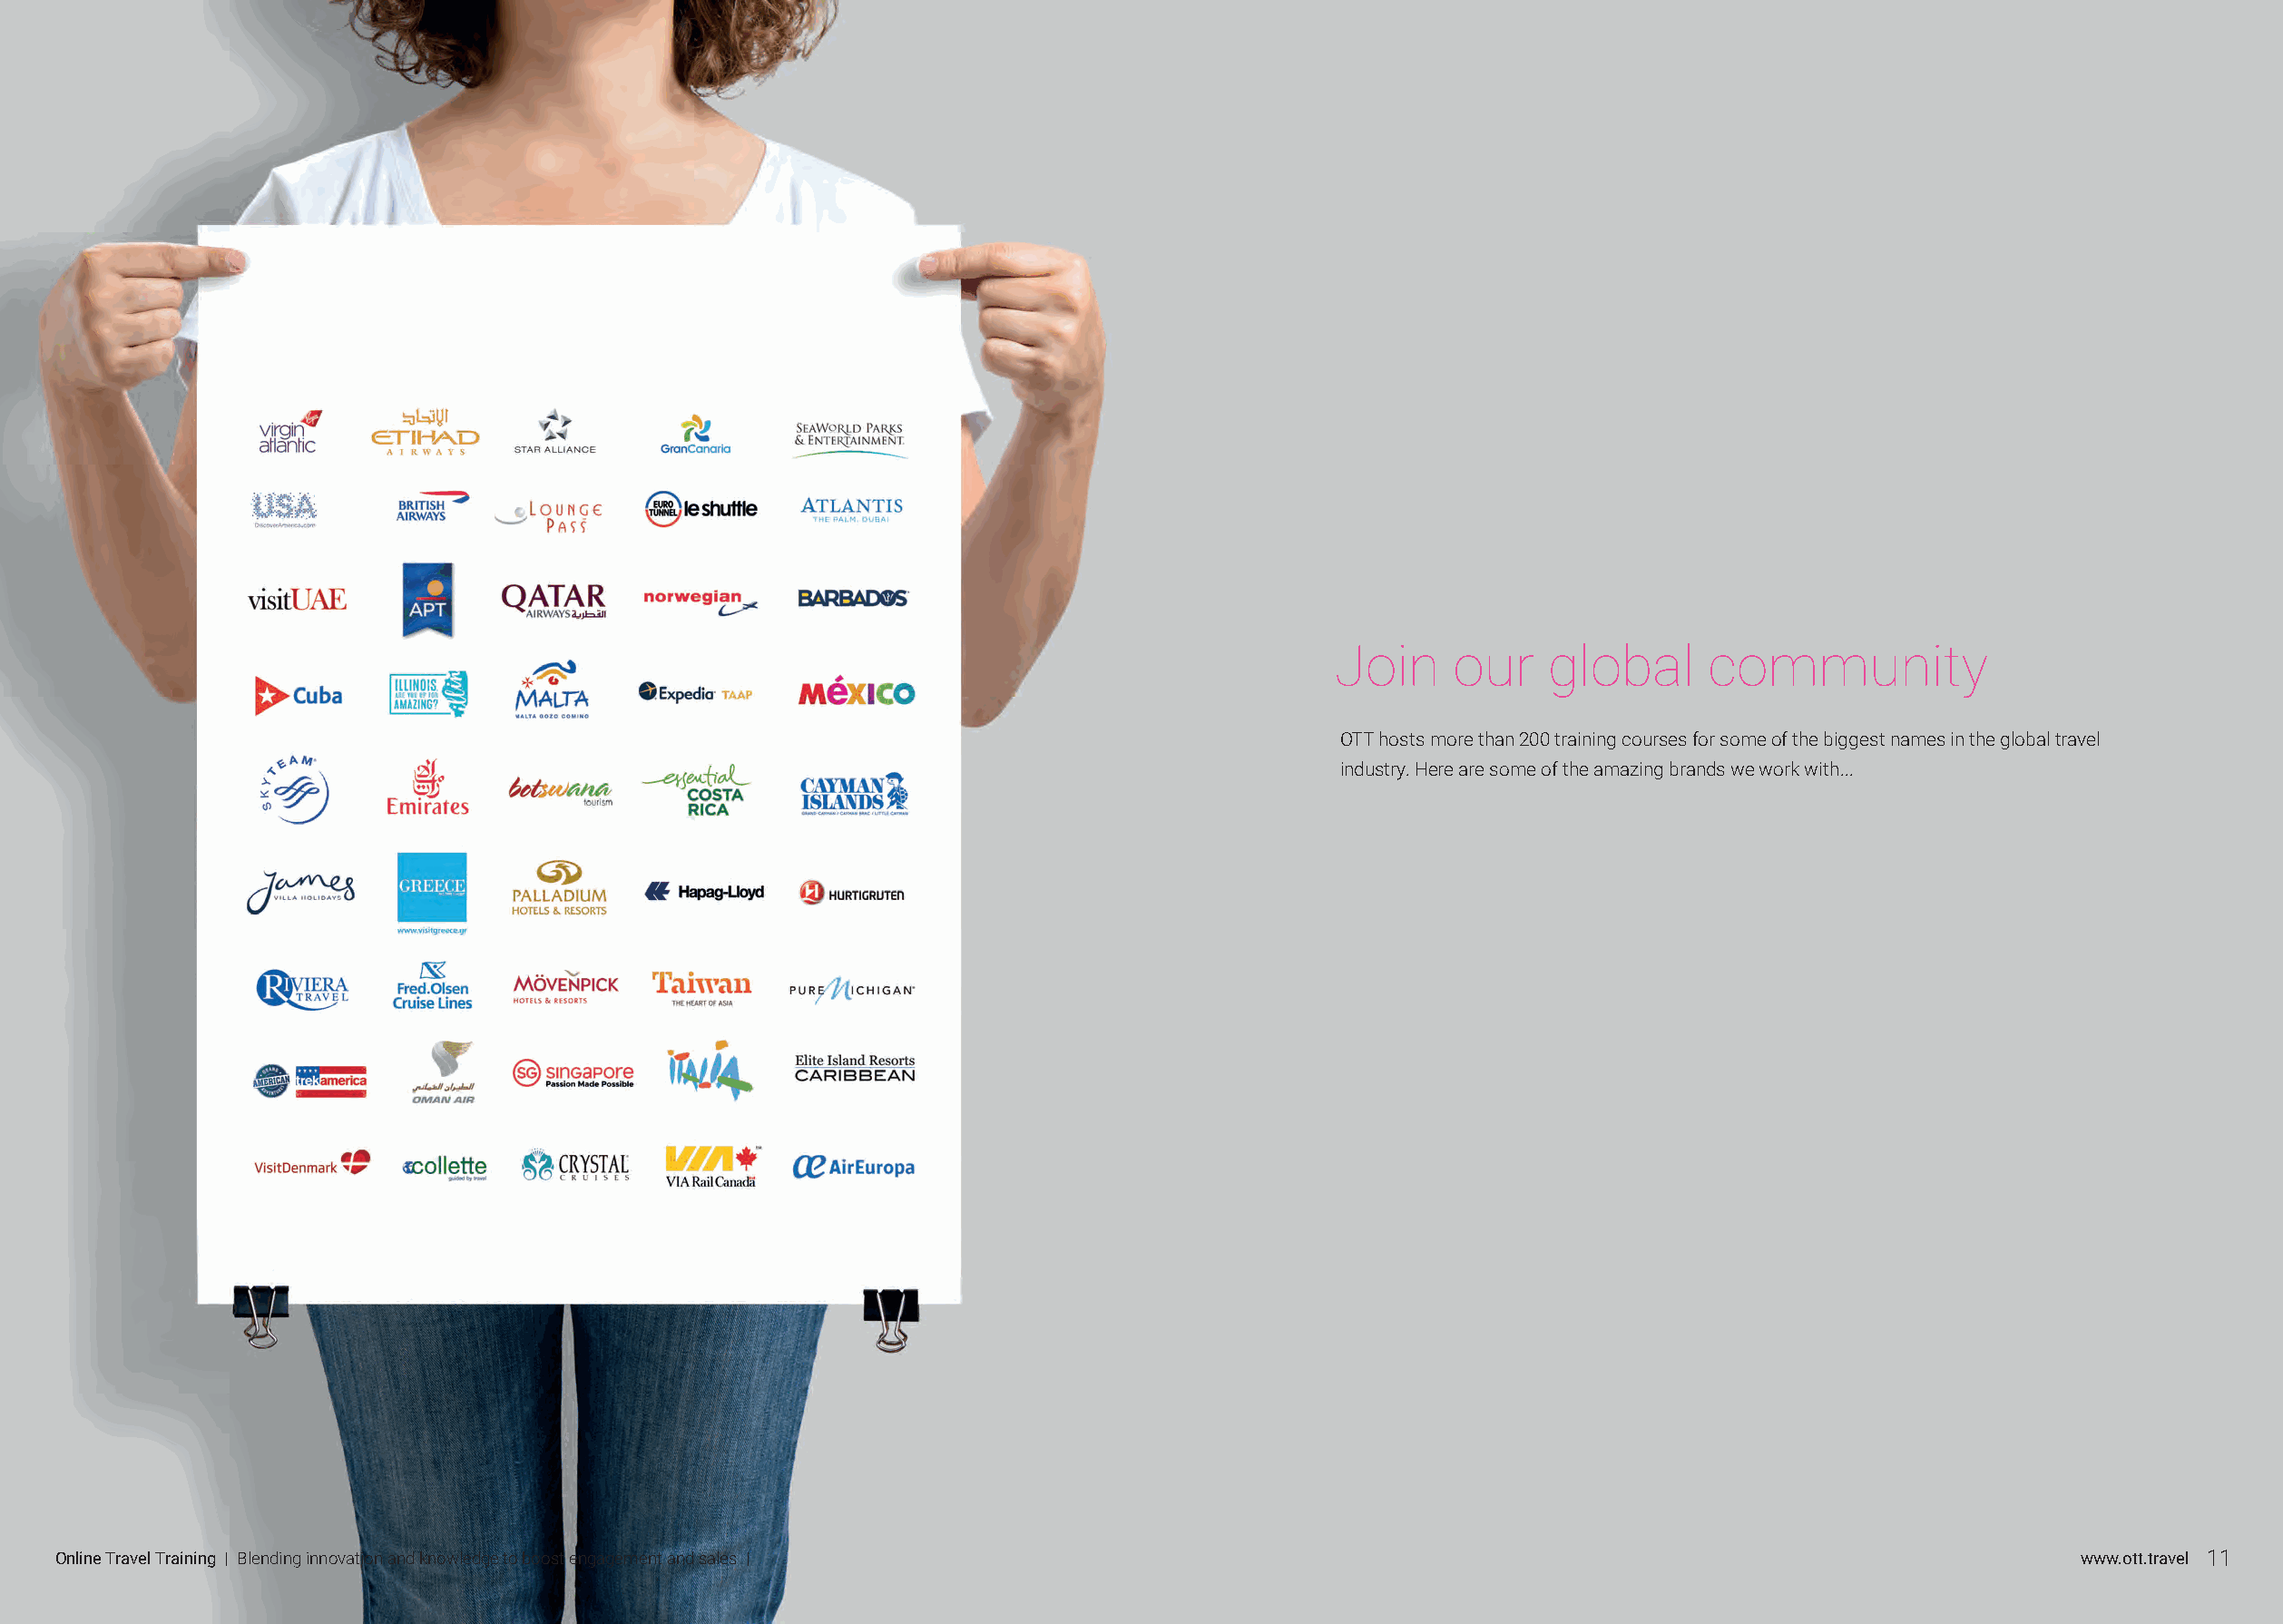
Join     our    global      community
 OTT hosts more than 200 training courses for some of the biggest names in the global travel
 industry. Here are some of the amazing brands we work with...
 Online Travel Training | Blending innovation and knowledge to boost engagement and sales |                                                          www.ott.travel 11